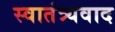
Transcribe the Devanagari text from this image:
स्वातंत्र्यवाद